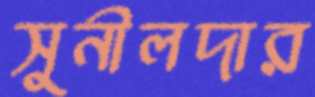
সুনীলদার